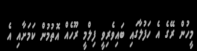
މީހުން ރޭގެ އެ ހަފުލާގައި ބައިވެރިވީ ފިލްމީ ރޫހެއް އޮތުމުން ކަމަށާއި އެ